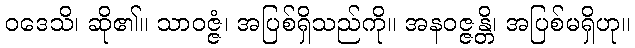
ဝဒေသိ၊ ဆို၏။ သာဝဇ္ဇံ၊ အပြစ်ရှိသည်ကို။ အနဝဇ္ဇန္တိ၊ အပြစ်မရှိဟု။